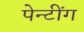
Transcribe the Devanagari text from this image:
पेन्टींग